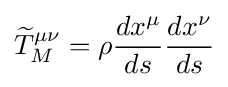
{\widetilde {T}}_{M}^{\mu \nu }=\rho {\frac {dx^{\mu }}{ds}}{\frac {dx^{\nu }}{ds}}